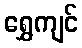
ရွှေကျင်